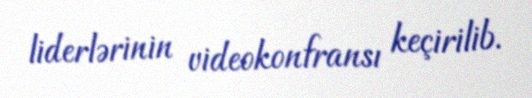
liderlərinin videokonfransı keçirilib.